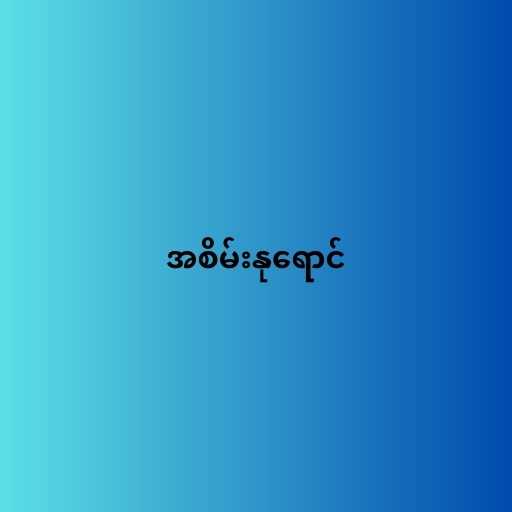
အစိမ်းနုရောင်